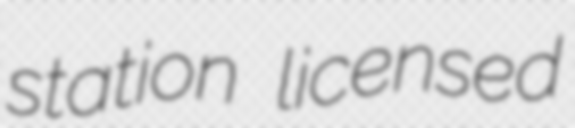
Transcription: station licensed